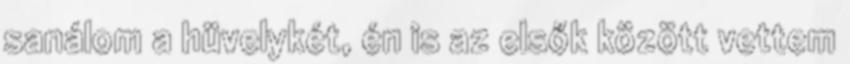
sanálom a hüvelykét, én is az elsők között vettem